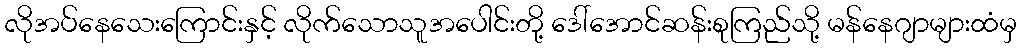
လိုအပ်နေသေးကြောင်းနှင့် လိုက်သောသူအပေါင်းတို့ ဒေါ်အောင်ဆန်းစုကြည်သို့ မန်နေဂျာများထံမှ